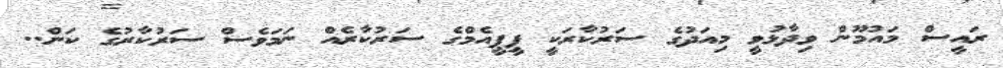
ރައީސް މައުމޫން ވިދާޅުވީ މިއަދުގެ ސަރުކާރަކީ ޕީޕީއެމްގެ ސަރުކާރެއް ނަމަވެސް ސަރުކާރުގެ ކަން..